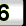
Digit: 6